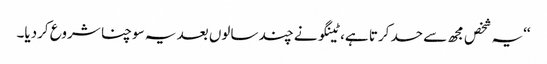
‘‘یہ شخص مجھ سے حسد کرتا ہے، ٹینگو نے چند سالوں بعد یہ سوچنا شروع کردیا۔